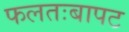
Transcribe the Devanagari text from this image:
फलतःबापट